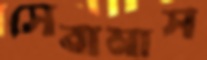
সেবামাস